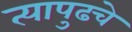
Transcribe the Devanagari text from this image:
त्यापुढचे